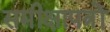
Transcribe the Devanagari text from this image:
समीक्षापत्रों